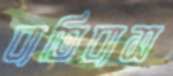
ব্যতিব্যস